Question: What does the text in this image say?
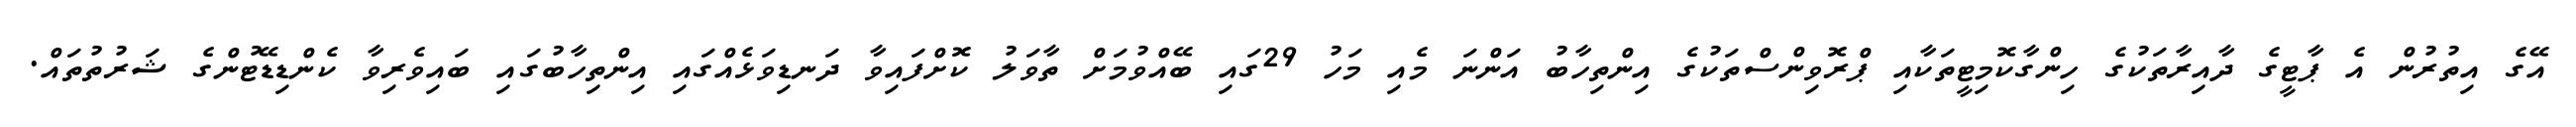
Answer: އޭގެ އިތުރުން އެ ޕާޓީގެ ދާއިރާތަކުގެ ހިންގާކޮމިޓީތަކާއި ޕްރޮވިންސްތަކުގެ އިންތިހާބު އަންނަ މެއި މަހު 29ގައި ބޭއްވުމަށް ތާވަލު ކޮށްފައިވާ ދަނޑިވަޅެއްގައި އިންތިހާބުގައި ބައިވެރިވާ ކެންޑިޑޭޓުންގެ ޝަރުތުތައް.